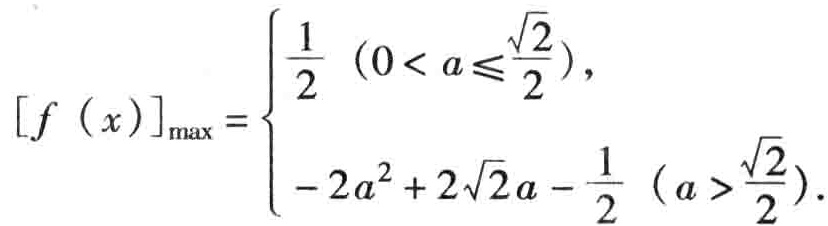
\[
[f(x)]_{\max }=\begin{cases}
\frac{1}{2}&(0 < a\leqslant\frac{\sqrt{2}}{2}),\\
-2a^{2}+2\sqrt{2}a - \frac{1}{2}&(a > \frac{\sqrt{2}}{2}).
\end{cases}
\]